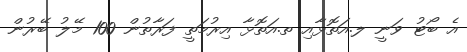
އެ ބޯޓު ވަނީ ލ.އަތޮޅާއި ތ.އަތޮޅާ އިރުމަތީ ފަރާތުން 100 މޭލު ބޭރުން